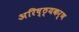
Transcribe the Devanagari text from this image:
अरिष्ठ्यकर्ण